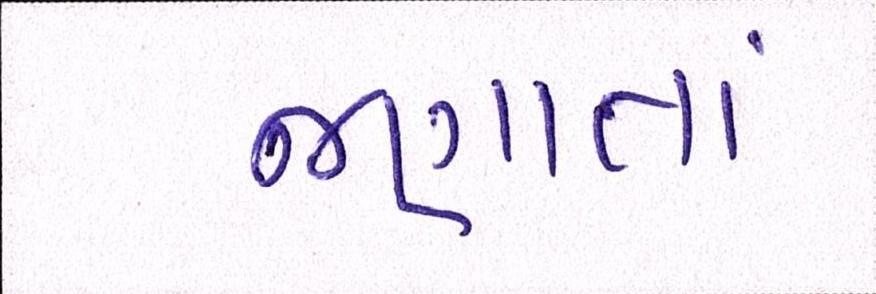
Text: જણાતાં